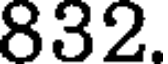
832.